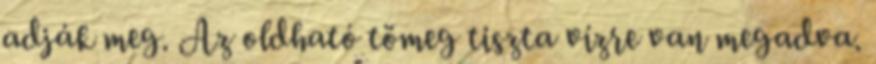
adják meg. Az oldható tömeg tiszta vízre van megadva.